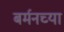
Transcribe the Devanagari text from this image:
बर्मनच्या